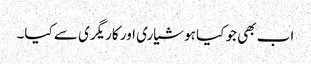
اب بھی جو کیا ہوشیاری اور کاریگری سے کیا۔